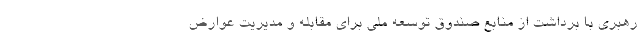
رهبری با برداشت از منابع صندوق توسعه ملی برای مقابله و مدیریت عوارض